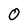
Character: 0